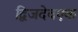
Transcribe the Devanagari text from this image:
द्विजदेवएक